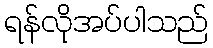
ရန်လိုအပ်ပါသည်